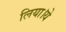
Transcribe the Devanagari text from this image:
लिया।ये